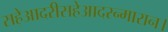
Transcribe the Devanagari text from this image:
सहेआदरीसहेआदरन्मारान।